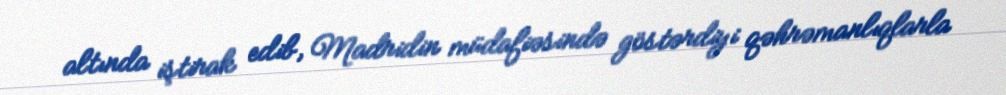
altında iştirak edib, Madridin müdafiəsində göstərdiyi qəhrəmanlıqlarla